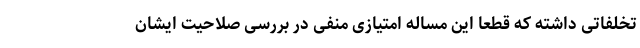
تخلفاتی داشته که قطعا این مساله امتیازی منفی در بررسی صلاحیت ایشان